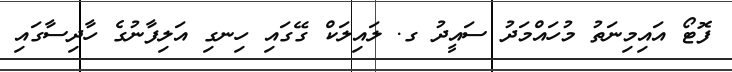
ފޮޓޯ އައިމިނަތު މުހައްމަދު ސައީދު ގ. ލައިލަކް ގޭގައި ހިނގި އަލިފާނުގެ ހާދިސާގައި